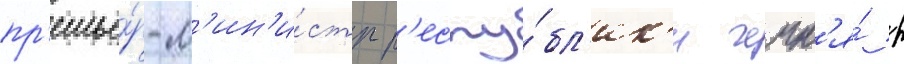
пр'емье́р-м'ин'и́стр р'еспу́бл'ик'и чечн'я́ р